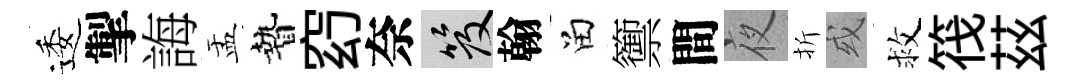
逶掣誨盂贄𥥆奈笈翰留籞間夜折或救筏茲